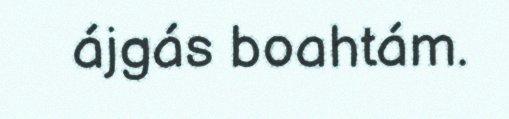
ájgás boahtám.